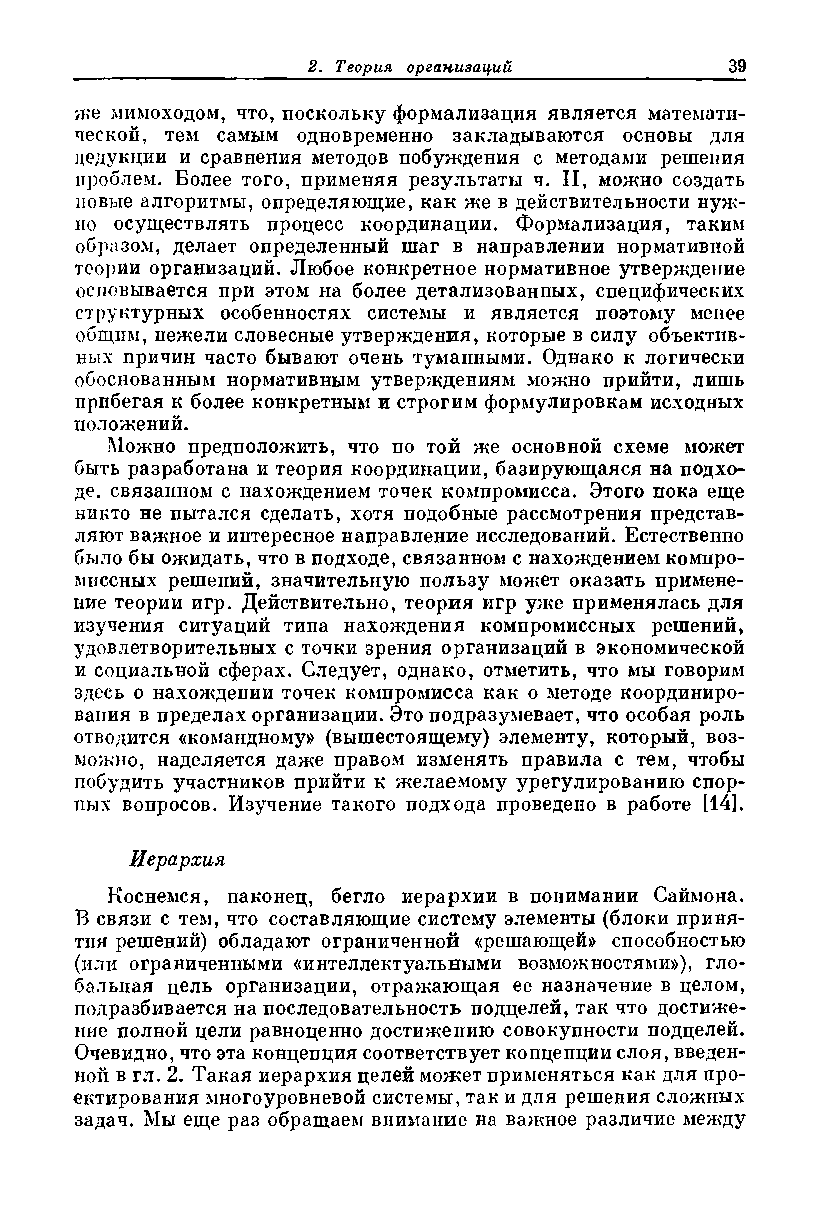
же мимоходом, что, поскольку формализация является математи­
 ческой, тем самым одновременно закладываются основы для
 дедукции и сравнения методов побуждения с методами решения
 проблем. Более того, применяя результаты ч. И, можно создать
 новые алгоритмы, определяющие, как же в действительности нуж­
 но осуществлять процесс координации. Формализация, таким
 образом, делает определенный шаг в направлении нормативной
 теории организаций. Любое конкретное нормативное утверждение
 основывается при этом на более детализованных, специфических
 структурных особенностях системы и является поэтому менее
 общим, нежели словесные утверждения, которые в силу объектив­
 ных причин часто бывают очень туманными. Однако к логически
 обоснованным нормативным утверждениям можно прийти, лишь
 прибегая к более конкретным и строгим формулировкам исходных
 положений.
 Можно предположить, что по той же основной схеме может
 быть разработана и теория координации, базирующаяся на подхо­
 де, связанном с нахождением точек компромисса. Этого пока еще
 никто не пытался сделать, хотя подобные рассмотрения представ­
 ляют важное и интересное направление исследований. Естественно
 было бы ожидать, что в подходе, связанном с нахождением компро­
 миссных решений, значительную пользу может оказать примене­
 ние теории игр. Действительно, теория игр уже применялась для
 изучения ситуаций типа нахождения компромиссных решений,
 удовлетворительных с точки зрения организаций в экономической
 и социальной сферах. Следует, однако, отметить, что мы говорим
 здесь о нахождении точек компромисса как о методе координиро­
 вания в пределах организации. Это подразумевает, что особая роль
 отводится «командному» (вышестоящему) элементу, который, воз­
 можно, наделяется даже правом изменять правила с тем, чтобы
 побудить участников прийти к желаемому урегулированию спор­
 ных вопросов. Изучение такого подхода проведено в работе [14].
 Иерархия
 Коснемся, наконец, бегло иерархии в понимании Саймона.
 В связи с тем, что составляющие систему элементы (блоки приня­
 тия решений) обладают ограниченной «решающей» способностью
 (или ограниченными «интеллектуальными возможностями»), гло­
 бальная цель организации, отражающая ее назначение в целом,
 подразбивается на последовательность подцелей, так что достиже­
 ние полной цели равноценно достижению совокупности подцелей.
 Очевидно, что эта концепция соответствует концепции слоя, введен­
 ной в гл. 2. Такая иерархия целей может применяться как для про­
 ектирования многоуровневой системы, так и для решения сложных
 задач. Мы еще раз обращаем внимание на важное различие между